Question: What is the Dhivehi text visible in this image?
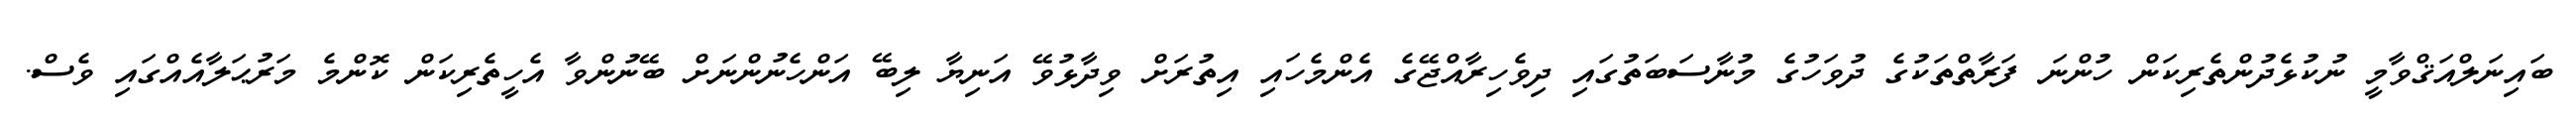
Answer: ބައިނަލްއަޤްވާމީ ނުކުޅެދުންތެރިކަން ހުންނަ ފަރާތްތަކުގެ ދުވަހުގެ މުނާސަބަތުގައި ދިވެހިރާއްޖޭގެ އެންމެހައި އިތުރަށް ވިދާޅުވޭ އަނިޔާ ލިބޭ އަންހެނުންނަށް ބޭނުންވާ އެހީތެރިކަން ކޮންމެ މަރުޙަލާއެއްގައި ވެސް.